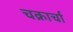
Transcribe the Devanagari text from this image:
चक्रार्चा